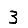
Digit: 3